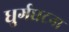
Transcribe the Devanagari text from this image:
धुर्गघटना